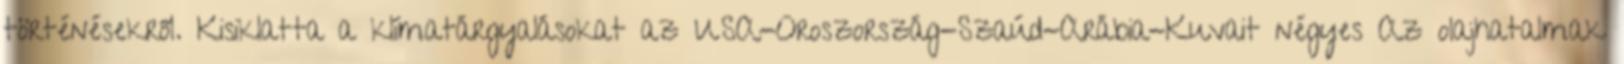
történésekről. Kisiklatta a klímatárgyalásokat az USA-Oroszország-Szaúd-Arábia-Kuvait négyes Az olajhatalmak